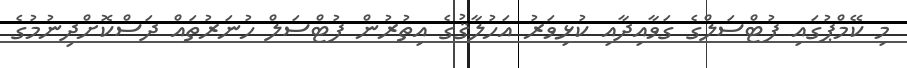
މި ކޭމްޕުގައި ފުޓްސަލްގެ ގަވާއިދާއި ކުޅިވަރު އަހުލާޤުގެ އިތުރުން ފުޓްސަލް ހުނަރުތައް ދަސްކޮށްދިނުމުގެ